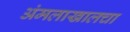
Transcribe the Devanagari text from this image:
अंमलाखालचा